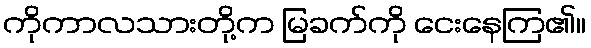
ကိုကာလသားတို့က မြခက်ကို ငေးနေကြ၏။